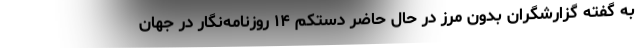
به گفته گزارشگران بدون مرز در حال حاضر دستکم ۱۴ روزنامه‌نگار در جهان